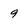
Character: 9